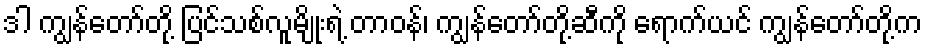
ဒါ ကျွန်တော်တို့ ပြင်သစ်လူမျိုးရဲ့ တာဝန်၊ ကျွန်တော်တို့ဆီကို ရောက်ယင် ကျွန်တော်တို့က